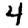
Digit: 4